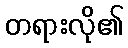
တရားလို၏